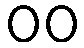
00